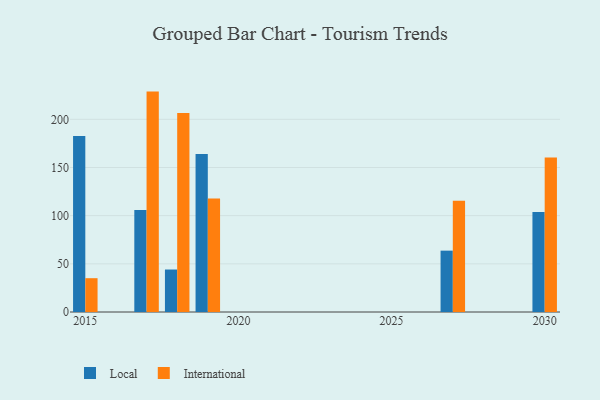
{"axis": {"x": "Year", "y": "Gross Profit (USD K)"}, "legend": ["International", "Local"], "data": [{"x": "2030", "y": 103.7, "type": "Local"}, {"x": "2030", "y": 160.4, "type": "International"}, {"x": "2019", "y": 164.1, "type": "Local"}, {"x": "2019", "y": 117.8, "type": "International"}, {"x": "2017", "y": 106.0, "type": "Local"}, {"x": "2017", "y": 228.8, "type": "International"}, {"x": "2027", "y": 63.7, "type": "Local"}, {"x": "2027", "y": 115.5, "type": "International"}, {"x": "2018", "y": 44.1, "type": "Local"}, {"x": "2018", "y": 206.6, "type": "International"}, {"x": "2015", "y": 182.8, "type": "Local"}, {"x": "2015", "y": 35.1, "type": "International"}]}